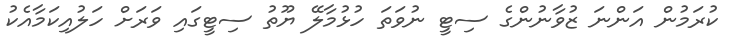
ކުރަމުން އަންނަ ޒުވާނުންގެ ސިޓީ ނުވަތަ ހުޅުމާލޭ ޔޫތު ސިޓީގައި ވަރަށް ހަލުއިކަމާއެކު